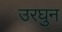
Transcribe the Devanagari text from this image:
उरघुन